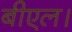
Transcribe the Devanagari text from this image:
बीएल।